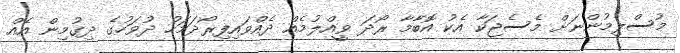
މުސްލިމުންނަށް މެސެޖަކާ އެކު އޮބާމާ ރޯދަ ވީއްލުމެއް ދެއްވައިފިރޯދަމަހު ދުވަހުގެ ދިގުމިން އެއް